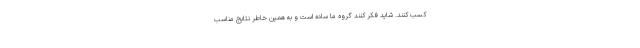
کسب کنند. شاید فکر کنند گروه ما ساده است و به همین خاطر نتایج مناسب